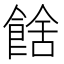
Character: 𩜉